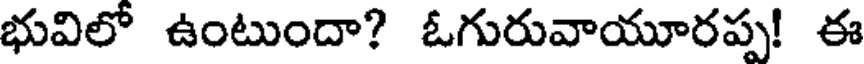
భువిలో ఉంటుందా? ఓగురువాయూరప్ప! ఈ